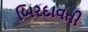
બિરદાવતી